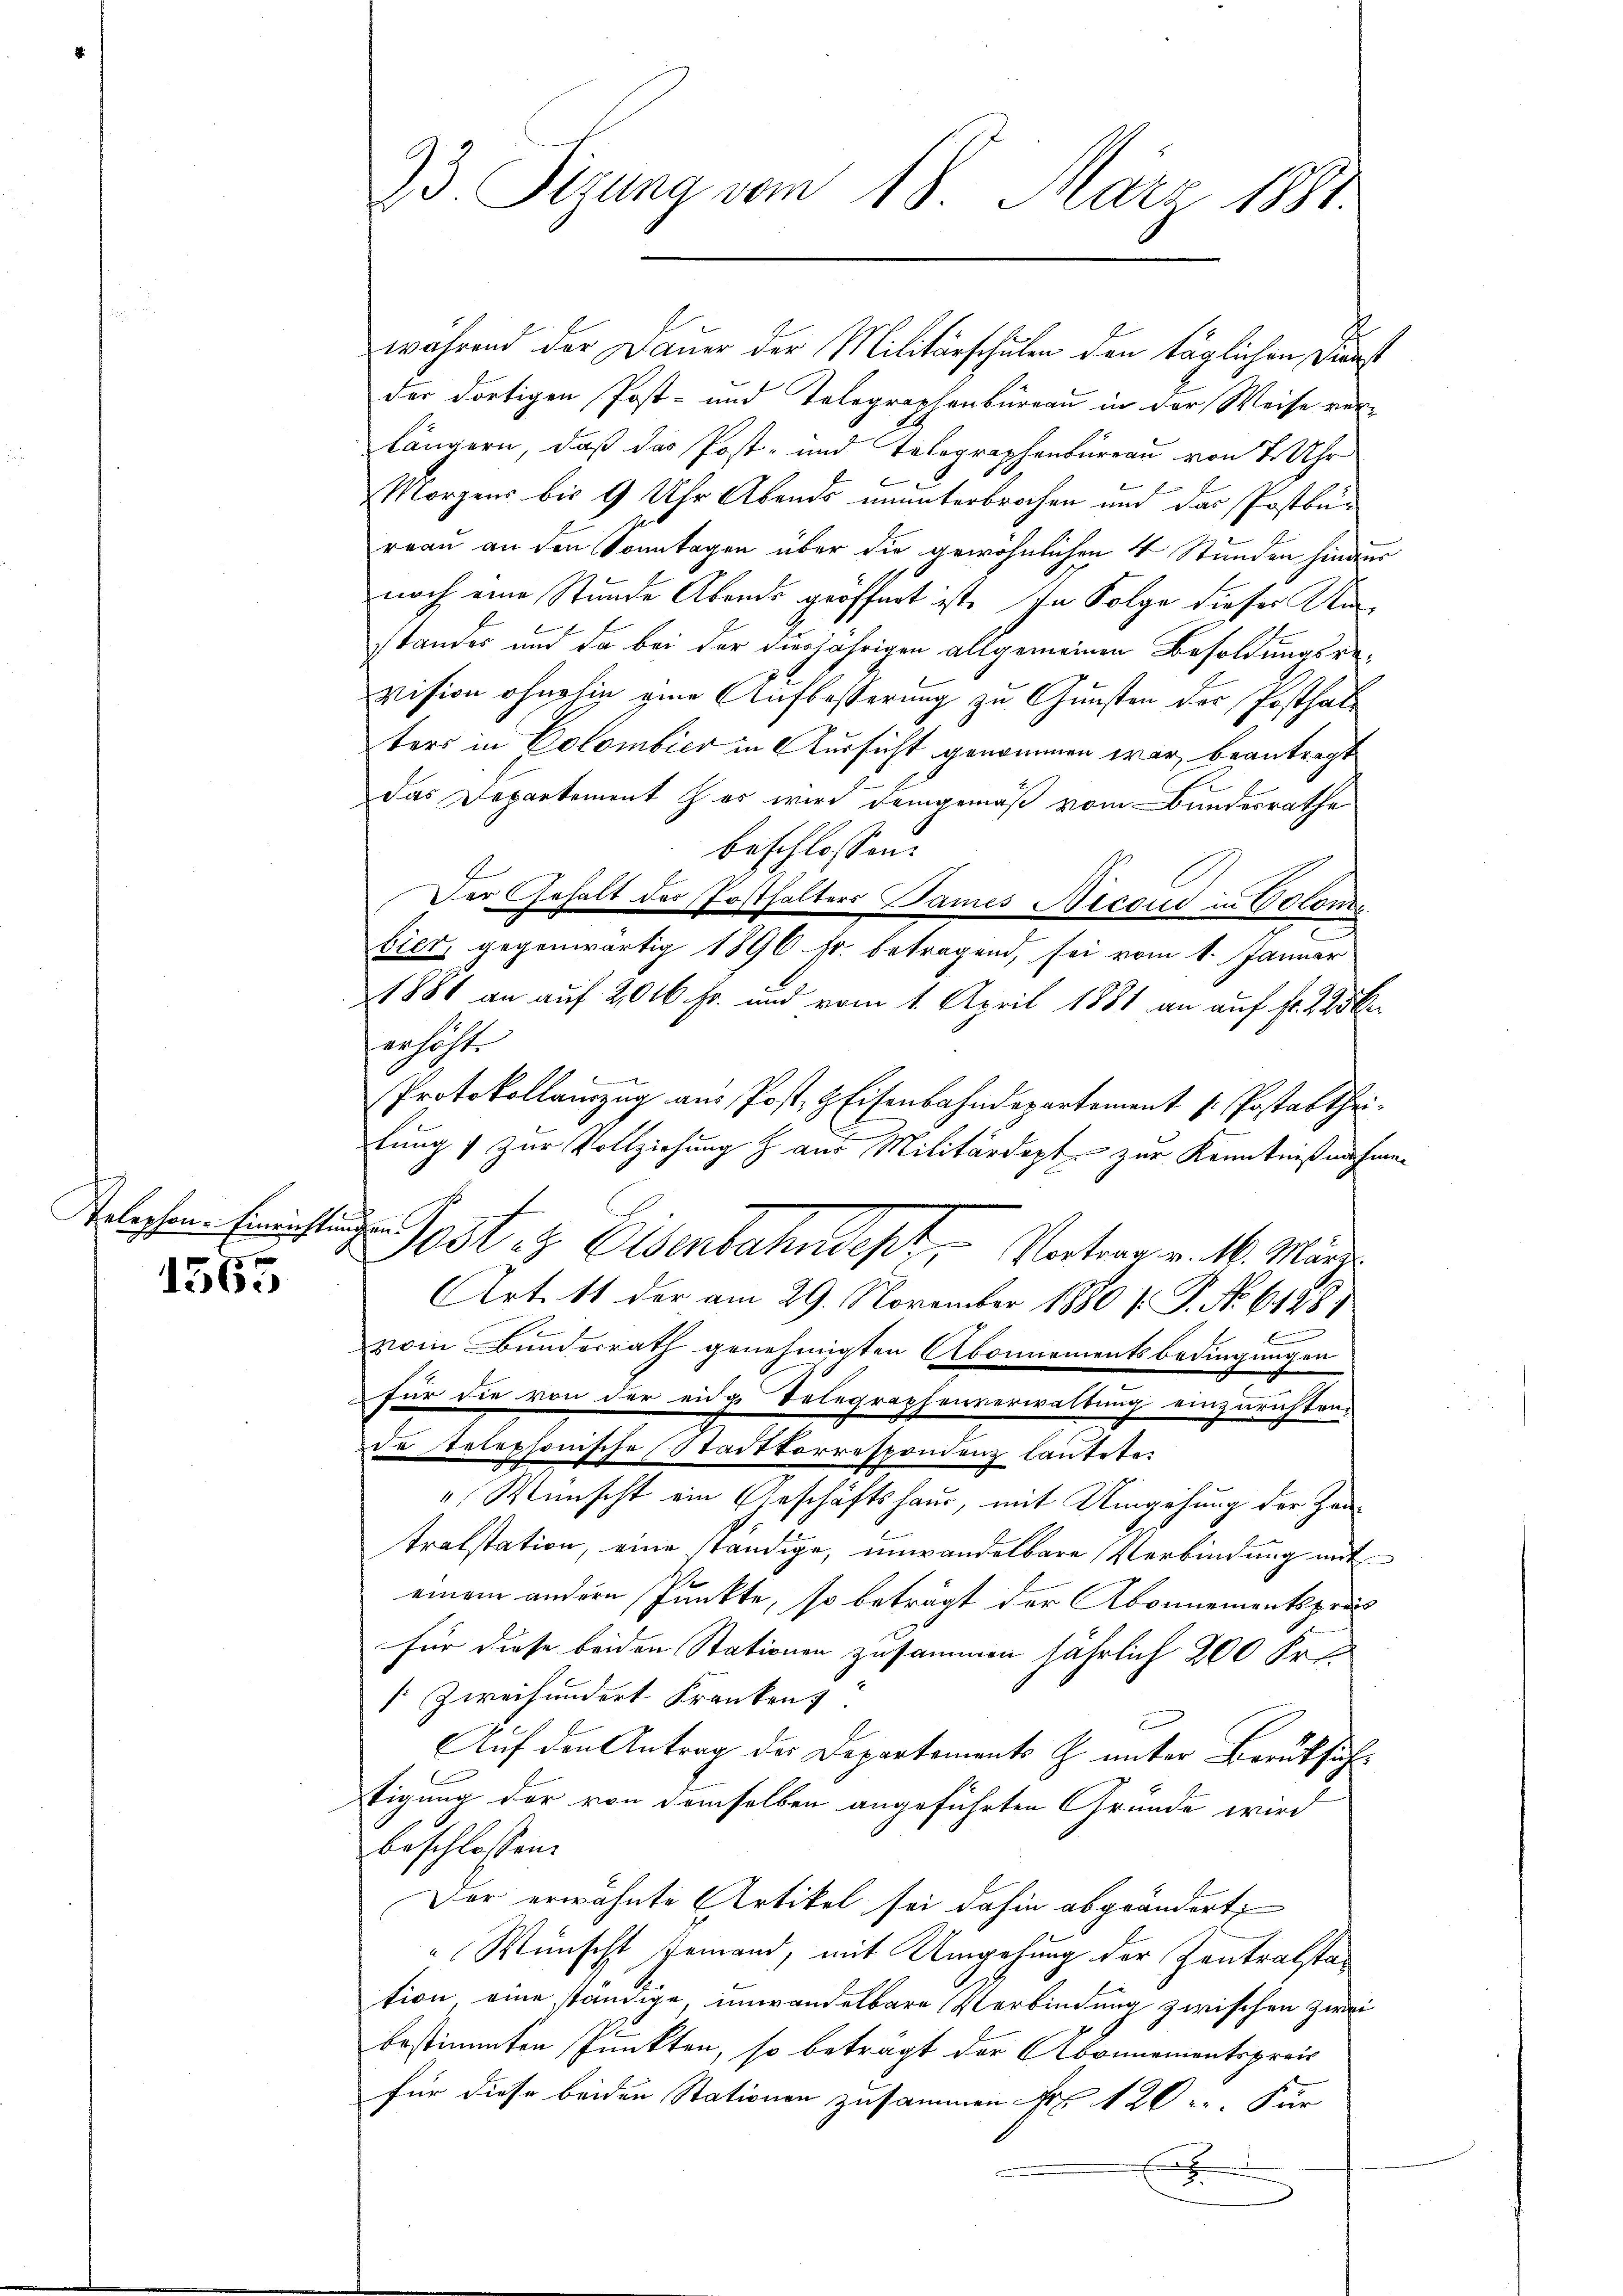
Telephon-Einrichtungen

156.

73 Sigung vom 18. März 1881.

während der Dauer der Militärschulen den täglichen Dienst
der dortigen Post- und Telegraphenburgau in der Weise ver-
längern, daß das Post- und Telegraphenbureau von 7 Uhr
Morgens bis 9 Uhr Abends ununterbrochen und das Postbüreau an den Sonntagen über die gewöhnlichen 4 Stunden hinder
noch eine Stunde Abends geöffnet ist. In Folge dieser Anstandes und da bei der diesjährigen allgemeinen Besoldungsrevision ohnehin eine Aufbesserung zu Gunsten der Posthat
ters in Colombier in Aussicht genommen war, beantragt
das Departement & es wird demgemäß vom Bundesrathe
beschlossen:
Der Gehalt des Posthalters James Nicoud in Coloni
bier, gegenwärtig 1896 Fr. betragend, sei vom 1. Januar
1881 an auf 2016 Fr. und vom 1. April 1881 an auf fr. 225 b
erhöhte
Protokollenzug aus Post, & Eisenbahndepartement H. Postattheilung zur Vollziehung & aus Militärdept zur Kenntnißnahmen
Art. 11 der am 29. November 1880 f. P. Nr. 6428,
d
vom Bunderrath genehmigten Abonnementsbedingungen
für die von der eidge Telegraphenverwaltung einzurichten,
de telephonische Stadtkorrespondenz lautete.
Wünscht ein Geschäftshaus, mit Umgehung der Hautralstation, eine ständige, unwandelbare Verbindung mit
einem andern Punkte, so beträgt der Abonnementspräs
für diese beiden Stationen zusammen jährlich 200 Fr.
[Zweihundert Kranken:
Auf den Antrag des Departements Z. unter Berüksich
tigung der von demselben angeführten Grunde wird
beschlossen:
Der erwähnte Artikel sei dahin abgeändert,
Wünscht jemand, mit Umgehung der Kontralstation eine ständige, unwandelbare Verbindung zwischen zwei
bestimmten Punkten, so beträgt der Abonnementspreis
für diese beiden Stationen zusammen Fr. 120 gr. Für
.

Post es Eisenbahndept, Unterer v. M. Marzi